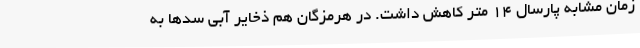
زمان مشابه پارسال ۱۴ متر کاهش داشت. در هرمزگان هم ذخایر آبی سدها به